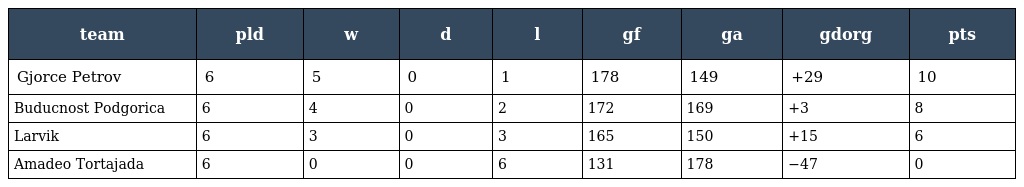
| team | pld | w | d | l | gf | ga | gdorg | pts |
 | --- | --- | --- | --- | --- | --- | --- | --- | --- |
 | Gjorce Petrov | 6 | 5 | 0 | 1 | 178 | 149 | +29 | 10 |
 | Buducnost Podgorica | 6 | 4 | 0 | 2 | 172 | 169 | +3 | 8 |
 | Larvik | 6 | 3 | 0 | 3 | 165 | 150 | +15 | 6 |
 | Amadeo Tortajada | 6 | 0 | 0 | 6 | 131 | 178 | −47 | 0 |